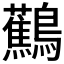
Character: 𬷹